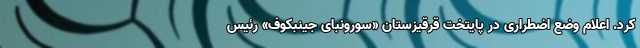
کرد. اعلام وضع اضطراری در پایتخت قرقیزستان «سورونبای جینبکوف» رئیس